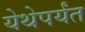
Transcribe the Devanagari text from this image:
येथेपर्यंत